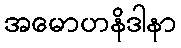
အမောဟနိဒါနာ